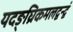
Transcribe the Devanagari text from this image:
यदङ्घ्रिकमलद्वन्द्वं